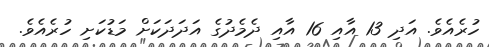
ހުރެއެވެ. އަދި 13 އާއި 16 އާއި ދެމެދުގެ އަދަދަކަށް މަޑުކަށި ހުރެއެވެ.